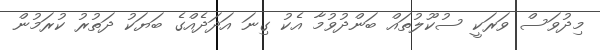
މިދުވަސް ވަރަކީ ސުކޫލުތައް ބަންދުވުމާ އެކު ގިނަ އަދަދެއްގެ ބަޔަކު ދަތުރު ކުރަމުން